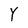
Character: Y